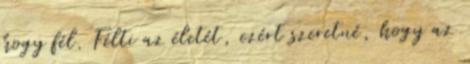
hogy fél. Félti az életét, ezért szeretné, hogy az